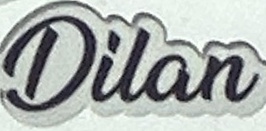
Dilan